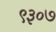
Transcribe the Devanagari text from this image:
९३०७